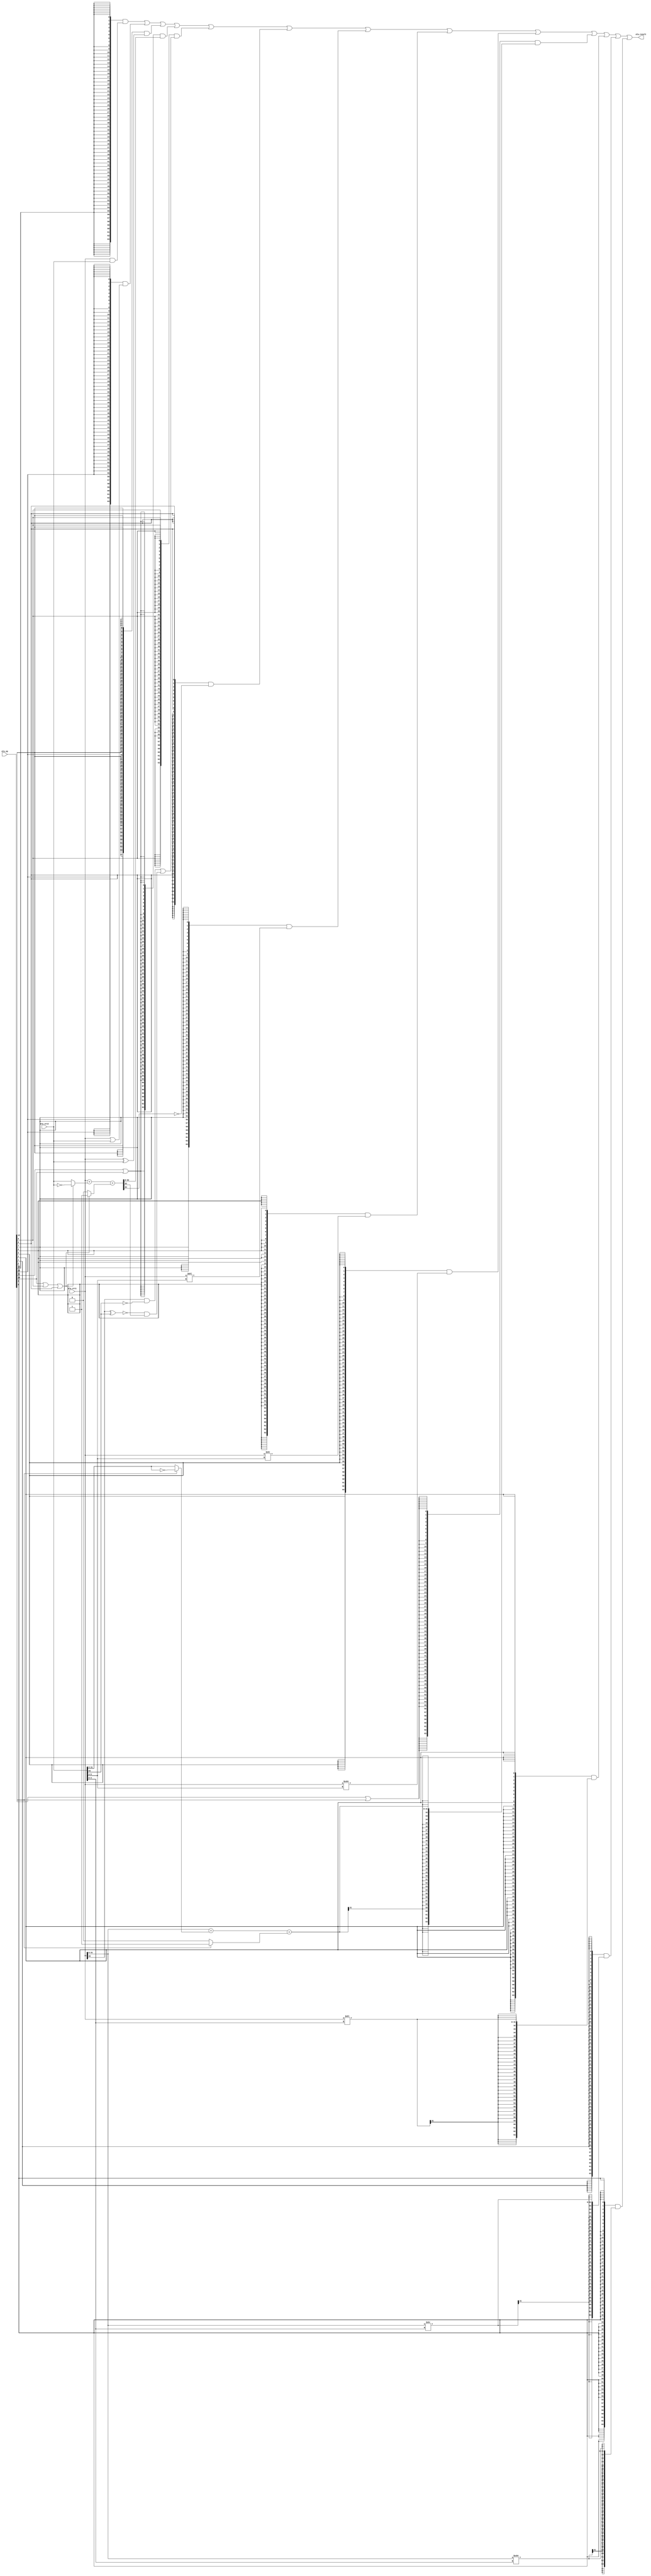
/* alu module: Archmetci login unit, combinational digital circuit
** input: 
** alu_op:      the control signal to decide which operations
** alu_src1:    the first operand 
** alu_src2:    the second operand 
** alu_result:  the archmetic result
*/
module alu(
    input wire [14:0] alu_op,
    input wire [63:0] alu_src1,
    input wire [63:0] alu_src2,
    output wire [63:0] alu_result
);

    wire op_and;
    wire op_or;
    wire op_xor;
    wire op_add;
    wire op_sub;
    wire op_slt;
    wire op_sltu;
    wire op_sll;
    wire op_srl;
    wire op_sra;
    wire op_addw;
    wire op_subw;
    wire op_sllw;
    wire op_srlw;
    wire op_sraw;
    assign {op_and, op_or, op_xor, op_add, 
      op_sub, op_slt, op_sltu, op_sll, op_srl, op_sra, op_addw, op_subw, op_sllw, op_srlw, op_sraw} = alu_op;

    wire [63:0] and_result;
    wire [63:0] or_result; 
    wire [63:0] xor_result;
    wire [63:0] add_sub_result;
    wire [63:0] slt_result;
    wire [63:0] sltu_result;
    wire [63:0] sll_result;
    wire [63:0] srl_result;
    wire [63:0] sra_result;
    wire [31:0] addw_subw_result;
    wire [31:0] sllw_result;
    wire [31:0] srlw_result;
    wire [31:0] sraw_result;
    
    
    wire [63:0] adder_a;
    wire [63:0] adder_b;
    wire        adder_cin;
    wire [63:0] adder_result;
    wire        adder_cout;

    wire [31:0] adder_a_w;
    wire [31:0] adder_b_w;
    wire        adder_cin_w;
    wire [31:0] adder_result_w;
    wire        adder_cout_w;

    
    // we use complement to compute add and sub
    // when sub, we make the src2 negation, and set the cin 1
    // so (src1 - src2) -> (src1 + ~src2 + 1) -> (src1 + (-src2))
    assign adder_a = alu_src1;
    assign adder_b = (op_sub | op_slt | op_sltu) ? ~alu_src2 : alu_src2;
    assign adder_cin = (op_sub | op_slt | op_sltu) ? 1'b1 : 1'b0;
    assign {adder_cout, adder_result} = adder_a + adder_b + adder_cin;

    // the rv64i in addition to rv32i (the operation is 32 bits)
    assign adder_a_w = alu_src1[31:0];
    assign adder_b_w = (op_subw) ? ~alu_src2[31:0] : alu_src2[31:0];
    assign adder_cin_w = (op_subw) ? 1'b1 : 1'b0;
    assign {adder_cout_w, adder_result_w} = adder_a_w + adder_b_w + adder_cin_w;

    assign and_result = alu_src1 & alu_src2;
    assign or_result = alu_src1 | alu_src2;
    assign xor_result = alu_src1 ^ alu_src2;
    assign add_sub_result = adder_result;
    assign addw_subw_result = adder_result_w;

    assign slt_result[63:1] = 63'b0;
    assign slt_result[0] = (alu_src1[63] & ~alu_src2[63]) 
                         | (~(alu_src1[63]^alu_src2[63]) & adder_result[63]);
    
    assign sltu_result[63:1] = 63'b0;
    assign sltu_result[0] = ~adder_cout;

    assign sll_result = alu_src1 << alu_src2[5:0];
    assign srl_result = alu_src1 >> alu_src2[5:0];
    assign sra_result = ($signed(alu_src1)) >>> alu_src2[5:0];

    // the rv64i in addition to rv32i (the operation is 32 bits)
    assign sllw_result = alu_src1 << alu_src2[4:0];
    assign srlw_result = alu_src1[31:0] >> alu_src2[4:0];
    assign sraw_result = ($signed(alu_src1[31:0])) >>> alu_src2[4:0];

    // for 32 bits, we should snext it to 64 bits
    assign alu_result = ({64{op_and}}             & and_result) 
                      | ({64{op_or}}              & or_result)
                      | ({64{op_xor}}             & xor_result) 
                      | ({64{op_add|op_sub  }}    & add_sub_result)
                      | ({64{op_slt         }} & slt_result)
                      | ({64{op_sltu        }} & sltu_result)
                      | ({64{op_sll         }} & sll_result)
                      | ({64{op_srl         }} & srl_result)
                      | ({64{op_sra         }} & sra_result)
                      | ({64{op_addw|op_subw}} & {{32{addw_subw_result[31]}}, addw_subw_result})
                      | ({64{op_sllw        }} & {{32{sllw_result[31]}}, sllw_result})
                      | ({64{op_srlw        }} & {{32{srlw_result[31]}}, srlw_result})
                      | ({64{op_sraw        }} & {{32{sraw_result[31]}}, sraw_result});
endmodule